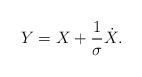
LaTeX: \begin{align*}Y=X+\frac{1}{\sigma }\dot{X}. \end{align*}